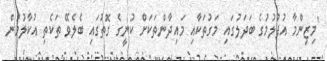
"މިޒިންމާ އުފުލުމުގެ ބަދަލުގައި މަގުތަކާއި މައިދާންތަކަށް ކުނީގެ ގޮތުގައި ބެލެވޭ ތަކެތި އުކާލުމުން